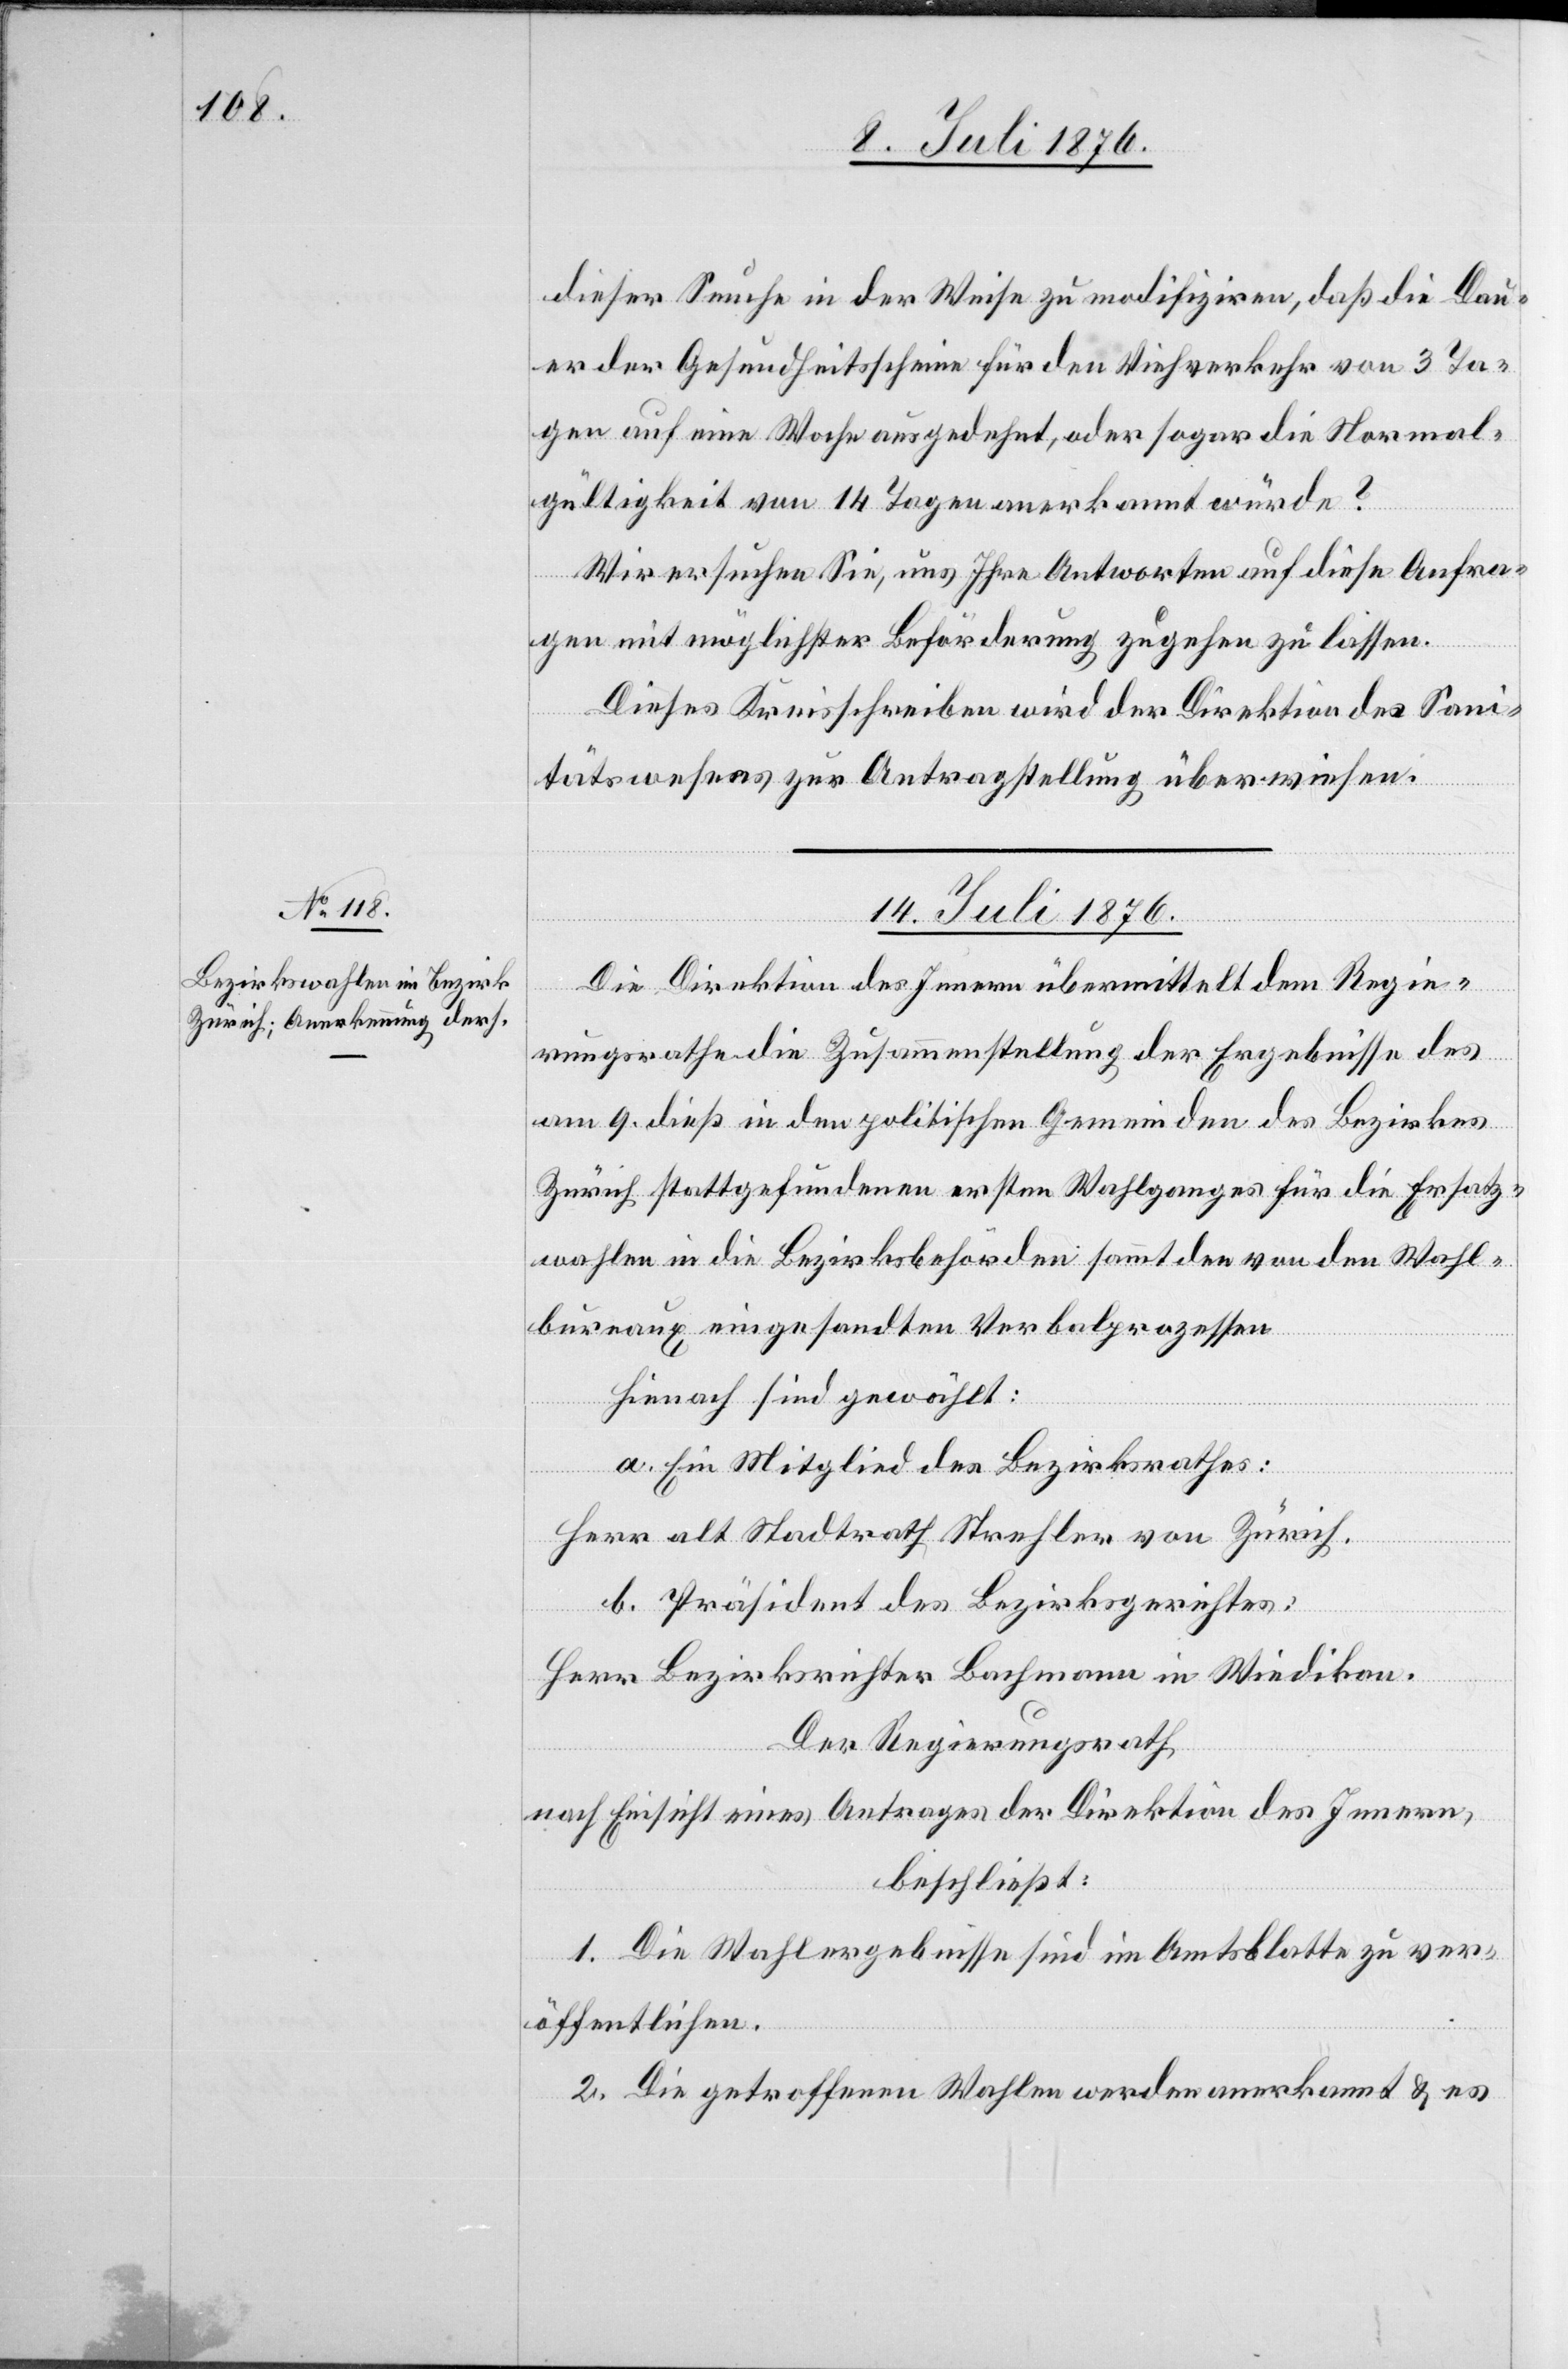
dieser Seuche in der Weise zu modifiziren, daß die Dau¬
er der Gesundheitsscheine für den Viehverkehr von 3 Ta¬
gen auf eine Woche ausgedehnt, oder sogar die Normal¬
gültigkeit von 14 Tagen anerkannt würde?
Wir ersuchen Sie, uns Ihre Antworten auf diese Anfra¬
gen mit möglichster Beförderung zugehen zu lassen.
Dieses Kreisschreiben wird der Direktion des Sani¬
tätswesens zur Antragstellung überwiesen.
14. Juli 1876.
Die Direktion des Innern übermittelt dem Regie¬
rungsrathe die Zusammenstellung der Ergebnisse des
am 9. dieß in den politischen Gemeinden des Bezirkes
Zürich stattgefundenen ersten Wahlganges für die Ersatz¬
wahlen in die Bezirksbehörden sammt den von den Wahl¬
bureaux eingesandten Verbalprozessen.
Hienach sind gewählt:
a. Ein Mitglied des Bezirksrathes:
Herr alt Stadtrath Strehler von Zürich.
b. Präsident des Bezirksgerichtes:
Herr Bezirksrichter Bachmann in Wiedikon.
Der Regierungsrath,
nach Einsicht eines Antrages der Direktion des Innern,
beschließt:
1. Die Wahlergebnisse sind im Amtsblatte zu ver¬
öffentlichen.
2.Die getroffenen Wahlen werden anerkannt & es